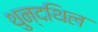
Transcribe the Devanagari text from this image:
थुन्दथिल